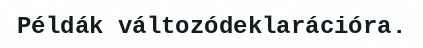
Példák változódeklarációra.